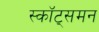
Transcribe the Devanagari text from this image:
स्कॉट्समन